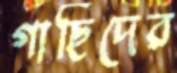
গাছিদের